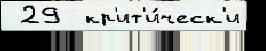
 29  кр'ит'и́ческ'и